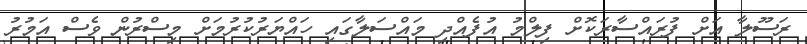
ރަސޫލާ އަށް ފުރައްސާރަކޮށް ފިލްމު އުފެއްދި މައްސަލާގައި ހައްޔަރުކުރުމަށް މިސްރުން ވެސް އަމުރު